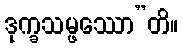
ဒုက္ခသမ္ဖဿော”တိ။